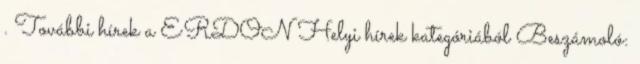
. További hírek a ERDON Helyi hírek kategóriából Beszámoló: